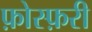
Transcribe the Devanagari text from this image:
फ़ोस्फ़री